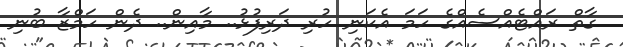
ގާތް ރައްޓެއްސެއްގެ ހަމަ އެކަނި ހުރި ދަރިފުޅު.. މާއިން.. ދެން ހަމްޒާ ބުނި